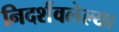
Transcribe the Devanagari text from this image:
निदर्शवलेल्या